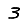
Digit: 3